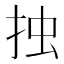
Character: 𢫼